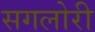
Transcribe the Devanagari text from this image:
सगलोरी